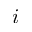
i